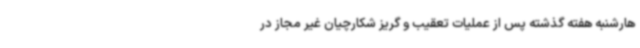
هارشنبه هفته گذشته پس از عملیات تعقیب و گریز شکارچیان غیر مجاز در